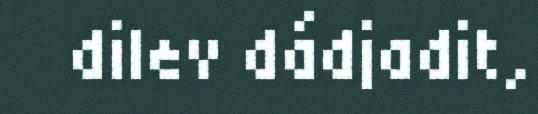
dilev dádjadit,